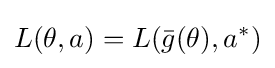
L(\theta ,a)=L({\bar {g}}(\theta ),a^{*})